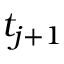
t _ { j + 1 }